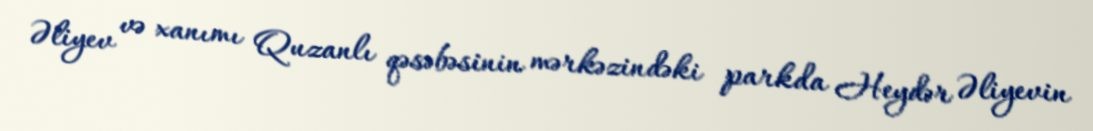
Əliyev və xanımı Quzanlı qəsəbəsinin mərkəzindəki parkda Heydər Əliyevin